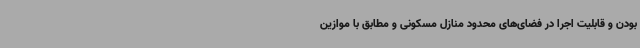
بودن و قابلیت اجرا در فضای‌های محدود منازل مسکونی و مطابق با موازین